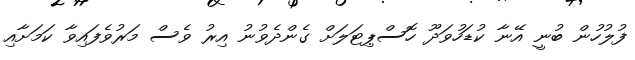
ފުލުހުން ބުނީ އޭނާ ކުޑަހުވަދޫ ހޮސްޕިޓަލަށް ގެންދެވުނު އިރު ވެސް މަރުވެފައިވާ ކަމަށާއި